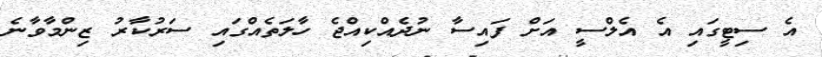
އެ ސިޓީގައި އެ އެލްސީ އަށް ފައިސާ ނުދެއްކިއްޖެ ހާލަތެއްގައި ސަރުކާރު ޒިންމާވާނެ